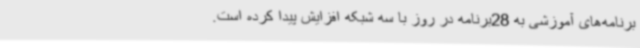
برنامه‌های آموزشی به 28برنامه در روز با سه شبکه افزایش پیدا کرده است.